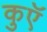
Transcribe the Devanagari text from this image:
कुएॅ